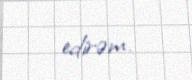
edirəm.